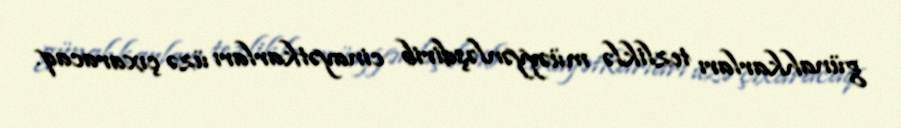
günahkarları tezliklə müəyyənləşdirib cinayətkarları üzə çıxaracaq.